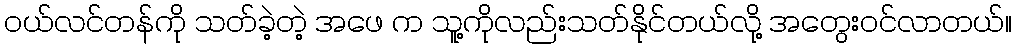
ဝယ်လင်တန်ကို သတ်ခဲ့တဲ့ အဖေ က သူ့ကိုလည်းသတ်နိုင်တယ်လို့ အတွေးဝင်လာတယ်။